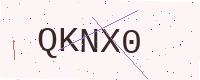
Text: QKNX0